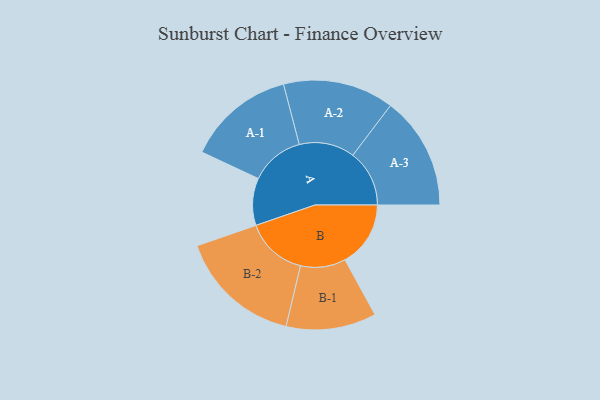
{"axis": {"x": "Segment", "y": "Value"}, "legend": ["", "A", "B"], "data": [{"x": "A", "y": 177, "type": ""}, {"x": "B", "y": 246, "type": ""}, {"x": "A-1", "y": 202, "type": "A"}, {"x": "A-2", "y": 208, "type": "A"}, {"x": "A-3", "y": 212, "type": "A"}, {"x": "B-1", "y": 169, "type": "B"}, {"x": "B-2", "y": 231, "type": "B"}]}